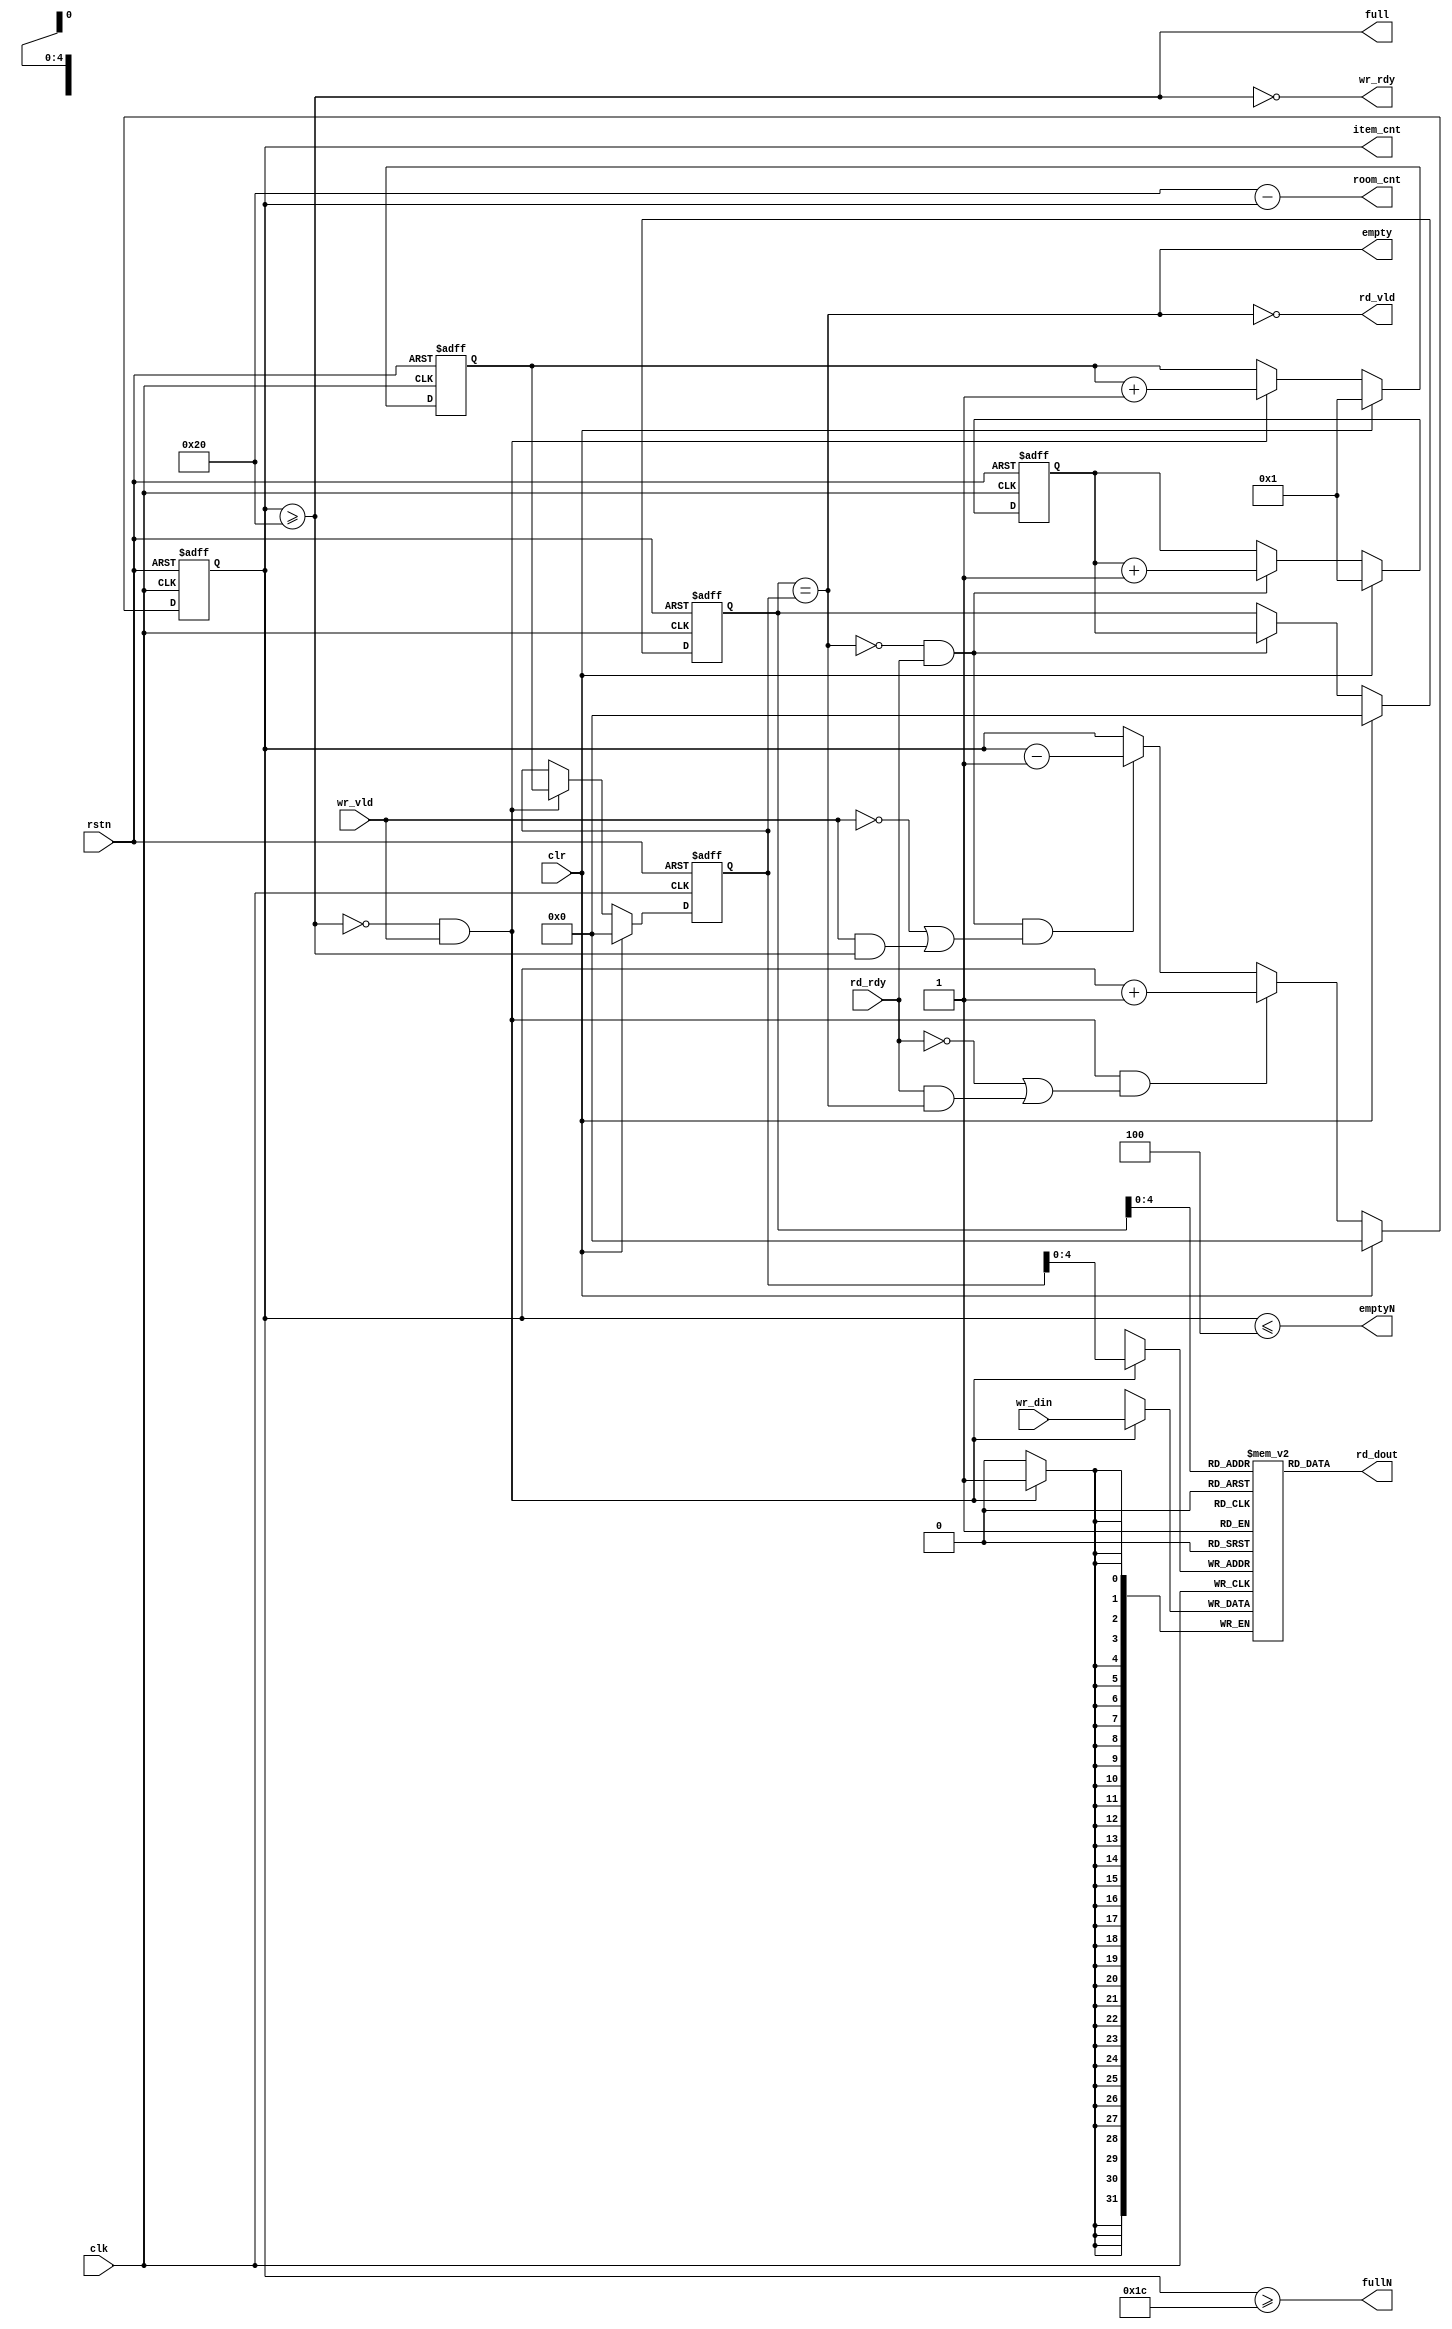
`ifndef AXI_ARBITER_FIFO_SYNC_V
`define AXI_ARBITER_FIFO_SYNC_V
//----------------------------------------------------------------
//  Copyright (c) by Ando Ki.
//  All right reserved.
//----------------------------------------------------------------
// axi_arbiter_fifo_sync.v
//----------------------------------------------------------------
// Synchronous FIFO
//----------------------------------------------------------------
// VERSION: 2011.01.08.
//----------------------------------------------------------------
// MACROS and PARAMETERS
//     FDW: bit-width of data
//     FAW: num of entries in power of 2
//----------------------------------------------------------------
// Features
//    * ready-valid handshake protocol
//    * lookahead full and empty -- see fullN and emptyN
//    * First-Word Fall-Through, but rd_vld indicates its validity
//----------------------------------------------------------------
//    * data moves when both ready(rdy) and valid(vld) is high.
//    * ready(rdy) means the receiver is ready to accept data.
//    * valid(vld) means the data is valid on 'data'.
//----------------------------------------------------------------
//
//               ___   _____   _____   _____   ____
//   clk           |___|   |___|   |___|   |___|
//               _______________________________
//   wr_rdy     
//                     _________________
//   wr_vld      ______|       ||      |___________  
//                      _______  ______
//   wr_din      XXXXXXX__D0___XX__D1__XXXX
//               ______________                        ____
//   empty                     |_______________________|
//                                     _________________
//   rd_rdy      ______________________|               |___
//                                     ________________
//   rd_vld      ______________________|       ||      |___
//                                      ________ _______
//   rd_dout     XXXXXXXXXXXXXXXXXXXXXXX__D0____X__D1___XXXX
//
//   full        __________________________________________
//
//----------------------------------------------------------------
`timescale 1ns/1ps

module axi_arbiter_fifo_sync
     // synopsys translate_off
     `protect
     // synopsys translate_on
     #(parameter FDW =32,  // fifof data width
                 FAW =5,  // num of entries in 2 to the power FAW
                 FULN=4)  // lookahead-full
(
       input   wire           rstn// asynchronous reset (active low)
     , input   wire           clr // synchronous reset (active high)
     , input   wire           clk
     , output  wire           wr_rdy
     , input   wire           wr_vld
     , input   wire [FDW-1:0] wr_din
     , input   wire           rd_rdy
     , output  wire           rd_vld
     , output  wire [FDW-1:0] rd_dout
     , output  wire           full
     , output  wire           empty
     , output  wire           fullN  // lookahead full
     , output  wire           emptyN // lookahead empty
     , output  reg  [FAW:0]   item_cnt // num of elements in the FIFO to be read
     , output  wire [FAW:0]   room_cnt // num of rooms in the FIFO to be written
);
   //---------------------------------------------------
   localparam FDT = 1<<FAW;
   //---------------------------------------------------
   reg  [FAW:0]   fifo_head; // where data to be read
   reg  [FAW:0]   fifo_tail; // where data to be written
   reg  [FAW:0]   next_tail;
   reg  [FAW:0]   next_head;
   wire [FAW-1:0] read_addr = (rd_vld&rd_rdy) ? next_head[FAW-1:0] : fifo_head[FAW-1:0];
   //---------------------------------------------------
   // synopsys translate_off
   initial fifo_head = 'h0;
   initial fifo_tail = 'h0;
   initial next_head = 'h0;
   initial next_tail = 'h0;
   // synopsys translate_on
   //---------------------------------------------------
   // accept input
   // push data item into the entry pointed by fifo_tail
   //
   always @(posedge clk or negedge rstn) begin
      if (rstn==1'b0) begin
          fifo_tail <= 0;
          next_tail <= 1;
      end else if (clr) begin
          fifo_tail <= 0;
          next_tail <= 1;
      end else begin
          if (!full && wr_vld) begin
              fifo_tail <= next_tail;
              next_tail <= next_tail + 1;
          end 
      end
   end
   //---------------------------------------------------
   // provide output
   // pop data item from the entry pointed by fifo_head
   //
   always @(posedge clk or negedge rstn) begin
      if (rstn==1'b0) begin
          fifo_head <= 0;
          next_head <= 1;
      end else if (clr) begin
          fifo_head <= 0;
          next_head <= 1;
      end else begin
          if (!empty && rd_rdy) begin
              fifo_head <= next_head;
              next_head <= next_head + 1;
          end
      end
   end
   //---------------------------------------------------
   // how many items in the FIFO
   //
   assign  room_cnt = FDT-item_cnt;
   always @(posedge clk or negedge rstn) begin
      if (rstn==1'b0) begin
         item_cnt <= 0;
      end else if (clr) begin
         item_cnt <= 0;
      end else begin
         if (wr_vld&&!full&&(!rd_rdy||(rd_rdy&&empty))) begin
             item_cnt <= item_cnt + 1;
         end else
         if (rd_rdy&&!empty&&(!wr_vld||(wr_vld&&full))) begin
             item_cnt <= item_cnt - 1;
         end
      end
   end
   
   //---------------------------------------------------
   assign rd_vld = ~empty;
   assign wr_rdy = ~full;
   assign empty  = (fifo_head == fifo_tail);
   assign full   = (item_cnt>=FDT);
   //---------------------------------------------------
   assign fullN  = (item_cnt>=(FDT-FULN));
   assign emptyN = (item_cnt<=FULN);
   //---------------------------------------------------
   // synopsys translate_off
`ifdef RIGOR
   //always @ (posedge clk) begin
   //    if (full) $display($time,,"%m: synchronous fifo full.....");
   //end
   always @(negedge clk or negedge rstn) begin
      if (rstn&&!clr) begin
          if ((item_cnt==0)&&(!empty))
             $display($time,, "%m: empty flag mis-match: %d", item_cnt);
          if ((item_cnt==FDT)&&(!full))
             $display($time,, "%m: full flag mis-match: %d", item_cnt);
          if (item_cnt>FDT)
             $display($time,, "%m: fifo handling error: item_cnt>FDT %d:%d", item_cnt, FDT);
          if ((item_cnt+room_cnt)!=FDT)
             $display($time,, "%m: count mis-match: item_cnt:room_cnt %d:%d", item_cnt, room_cnt);
      end
   end
`endif
   // synopsys translate_on
   //---------------------------------------------------
   reg [FDW-1:0] Mem [0:FDT-1];
   assign rd_dout  = Mem[fifo_head[FAW-1:0]];
   always @(posedge clk) begin
       if (!full && wr_vld) begin
           Mem[fifo_tail[FAW-1:0]] <= wr_din;
       end
   end
   //---------------------------------------------------
     // synopsys translate_off
     `endprotect
     // synopsys translate_on
endmodule
//----------------------------------------------------------------
// Revision History
//
// 2011.01.08: Starting [adki]
//----------------------------------------------------------------
`endif